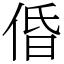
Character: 𠉣